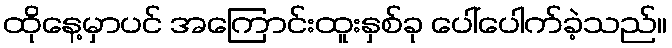
ထိုနေ့မှာပင် အကြောင်းထူးနှစ်ခု ပေါ်ပေါက်ခဲ့သည်။